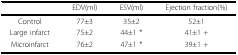
<table><thead><tr><td></td><td><b>EDV(ml)</b></td><td><b>ESV(ml)</b></td><td><b>Ejection fraction(%)</b></td></tr></thead><tbody><tr><td>Control</td><td>77±3</td><td>35±2</td><td>52±1</td></tr><tr><td>Large infarct</td><td>75±2</td><td>44±1 *</td><td>41±1 +</td></tr><tr><td>Microinfarct</td><td>76±2</td><td>47±1 *</td><td>39±1 +</td></tr></tbody></table>